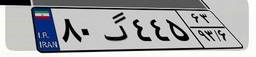
۸۰گ۴۴۵۶۳